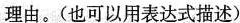
理由。(也可以用表达式描述)